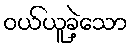
ဝယ်ယူခဲ့သော